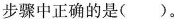
步骤中正确的是()。